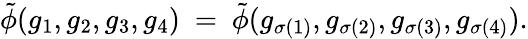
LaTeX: \tilde{\phi}(g_{1},g_{2},g_{3},g_{4})\ =\ \tilde{\phi}(g_{\sigma(1)},g_{\sigma(2)},g_{\sigma(3)},g_{\sigma(4)}).